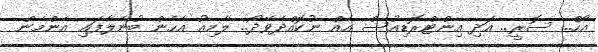
އޯހް.. ސޮރީ.. އަދި އިންޓްރޮޑިއުސް އެއް ނުކޮއްދެވޭދޯ.. ލާމިއު އެހެން ބުނެލާފައި އެންމެން